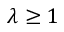
\lambda \geq 1